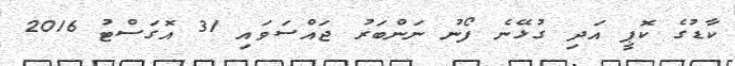
ކާޑުގެ ކޮޕީ އަދި ގުޅޭނެ ފޯނު ނަންބަރު ޖައްސަވައި 31 އޮގަސްޓު 2016